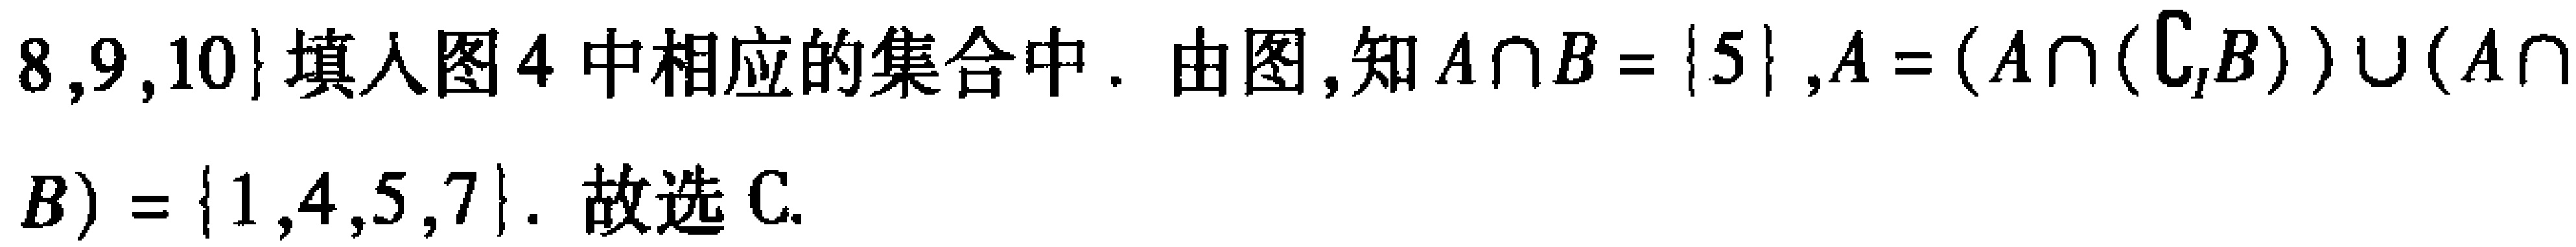
\(8,9,10\}\)填入图4中相应的集合中. 由图,知\(A\cap B = \{5\},A=(A\cap(\complement_{I}B))\cup(A\cap B)=\{1,4,5,7\}. 故选C.\)